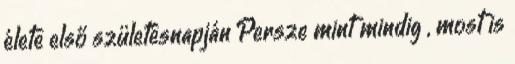
élete első születésnapján Persze mint mindig , most is